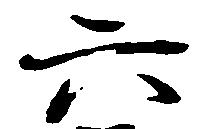
六